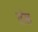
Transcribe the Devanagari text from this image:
तंखं